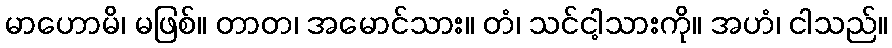
မာဟောမိ၊ မဖြစ်။ တာတ၊ အမောင်သား။ တံ၊ သင်ငါ့သားကို။ အဟံ၊ ငါသည်။